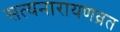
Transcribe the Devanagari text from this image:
सत्यनारायणव्रत